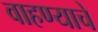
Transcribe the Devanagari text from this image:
वाहण्याचे